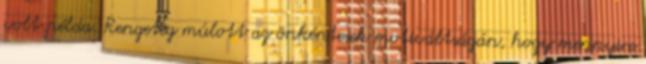
volt példa. Rengeteg múlott az önkéntesek motiváltságán, hogy mennyire